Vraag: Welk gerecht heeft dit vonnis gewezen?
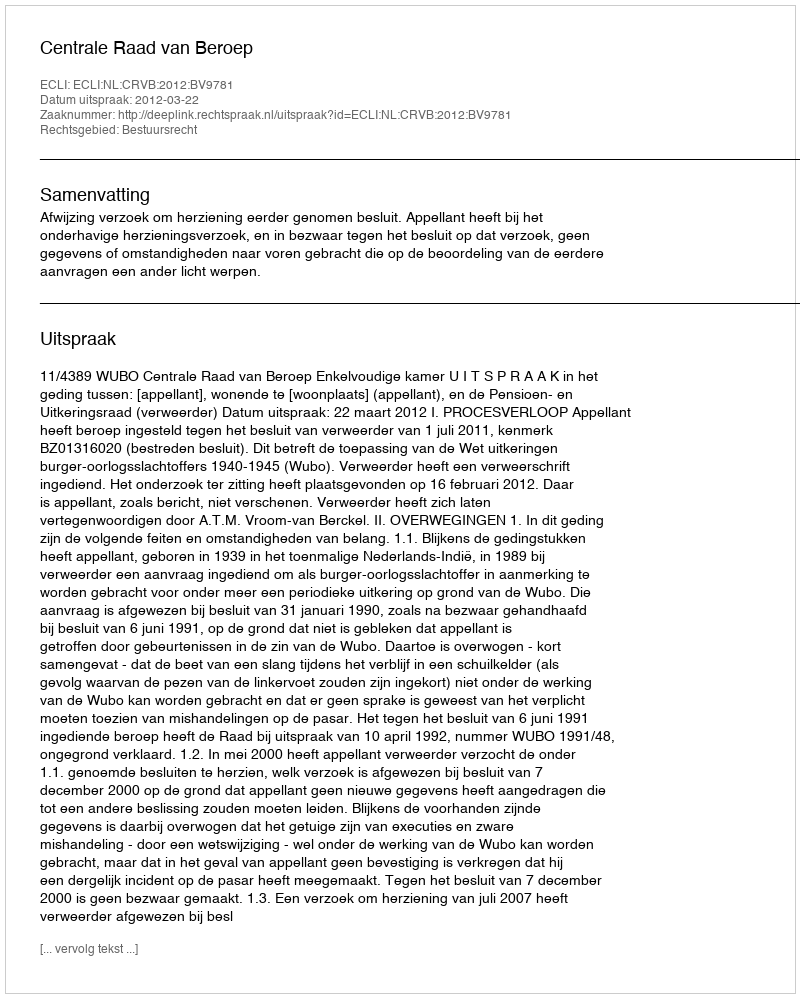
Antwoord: Centrale Raad van Beroep